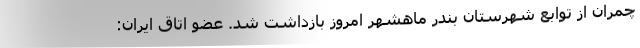
چمران از توابع شهرستان بندر ماهشهر امروز بازداشت شد. عضو اتاق ایران: